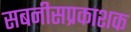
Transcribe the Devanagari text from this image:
सबनीसप्रकाशक